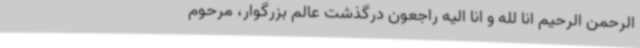
‌الرحمن الرحیم انا لله و انا الیه راجعون درگذشت عالم بزرگوار، مرحوم